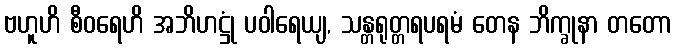
ဗဟူဟိ စီဝရေဟိ အဘိဟဋ္ဌုံ ပဝါရေယျ, သန္တရုတ္တရပရမံ တေန ဘိက္ခုနာ တတော